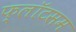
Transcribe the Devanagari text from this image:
फ्लॉटसम